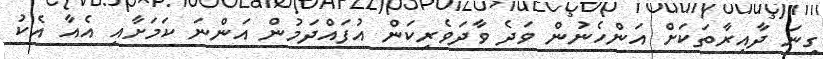
ގިނަ ދާއިރާތަކަށް އަންހެނުން ވަދެ ވާދަވެރިކަން އުފައްދަމުން އަންނަ ކަމަށާއި އެއާ އެކު